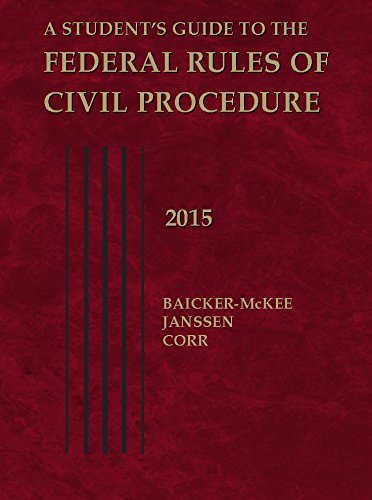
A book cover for A Student's Guide to the Federal Rules of Civil Procedure, 2015 (Selected Statutes); Steven Baicker-McKee; Law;